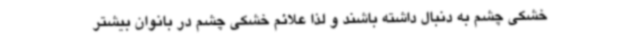
خشکی چشم به دنبال داشته باشند و لذا علائم خشکی چشم در بانوان بیشتر